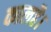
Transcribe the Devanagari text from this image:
कालहै।